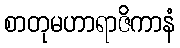
စာတုမဟာရာဇိကာနံ